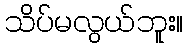
သိပ်မလွယ်ဘူး။